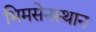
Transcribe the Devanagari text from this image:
भिमसेनस्थान